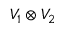
V _ { 1 } \otimes V _ { 2 }